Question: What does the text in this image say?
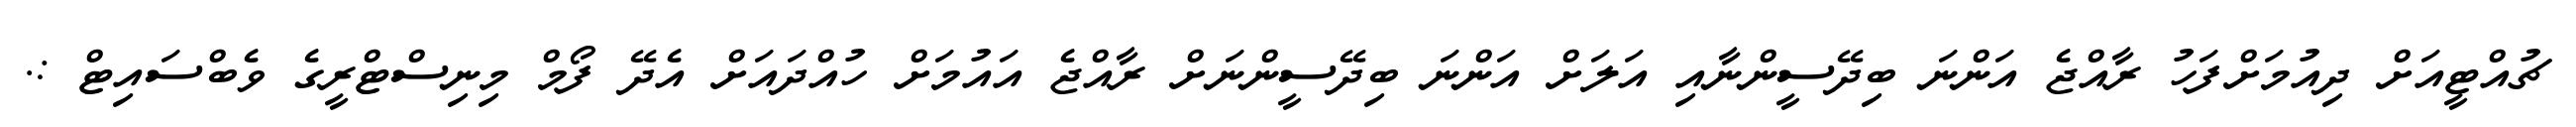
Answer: ޗުއްޓީއަށް ދިއުމަށްފަހު ރާއްޖެ އަންނަ ބިދޭސީންނާއި އަލަށް އަންނަ ބިދޭސީންނަށް ރާއްޖެ އައުމަށް ހުއްދައަށް އެދޭ ފޯމް މިނިސްޓްރީގެ ވެބްސައިޓް :.